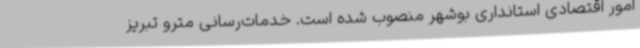
امور اقتصادی استانداری بوشهر منصوب شده است. خدمات‌رسانی مترو تبریز